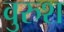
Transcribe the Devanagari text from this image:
वुरुश